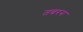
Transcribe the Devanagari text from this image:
तबरन